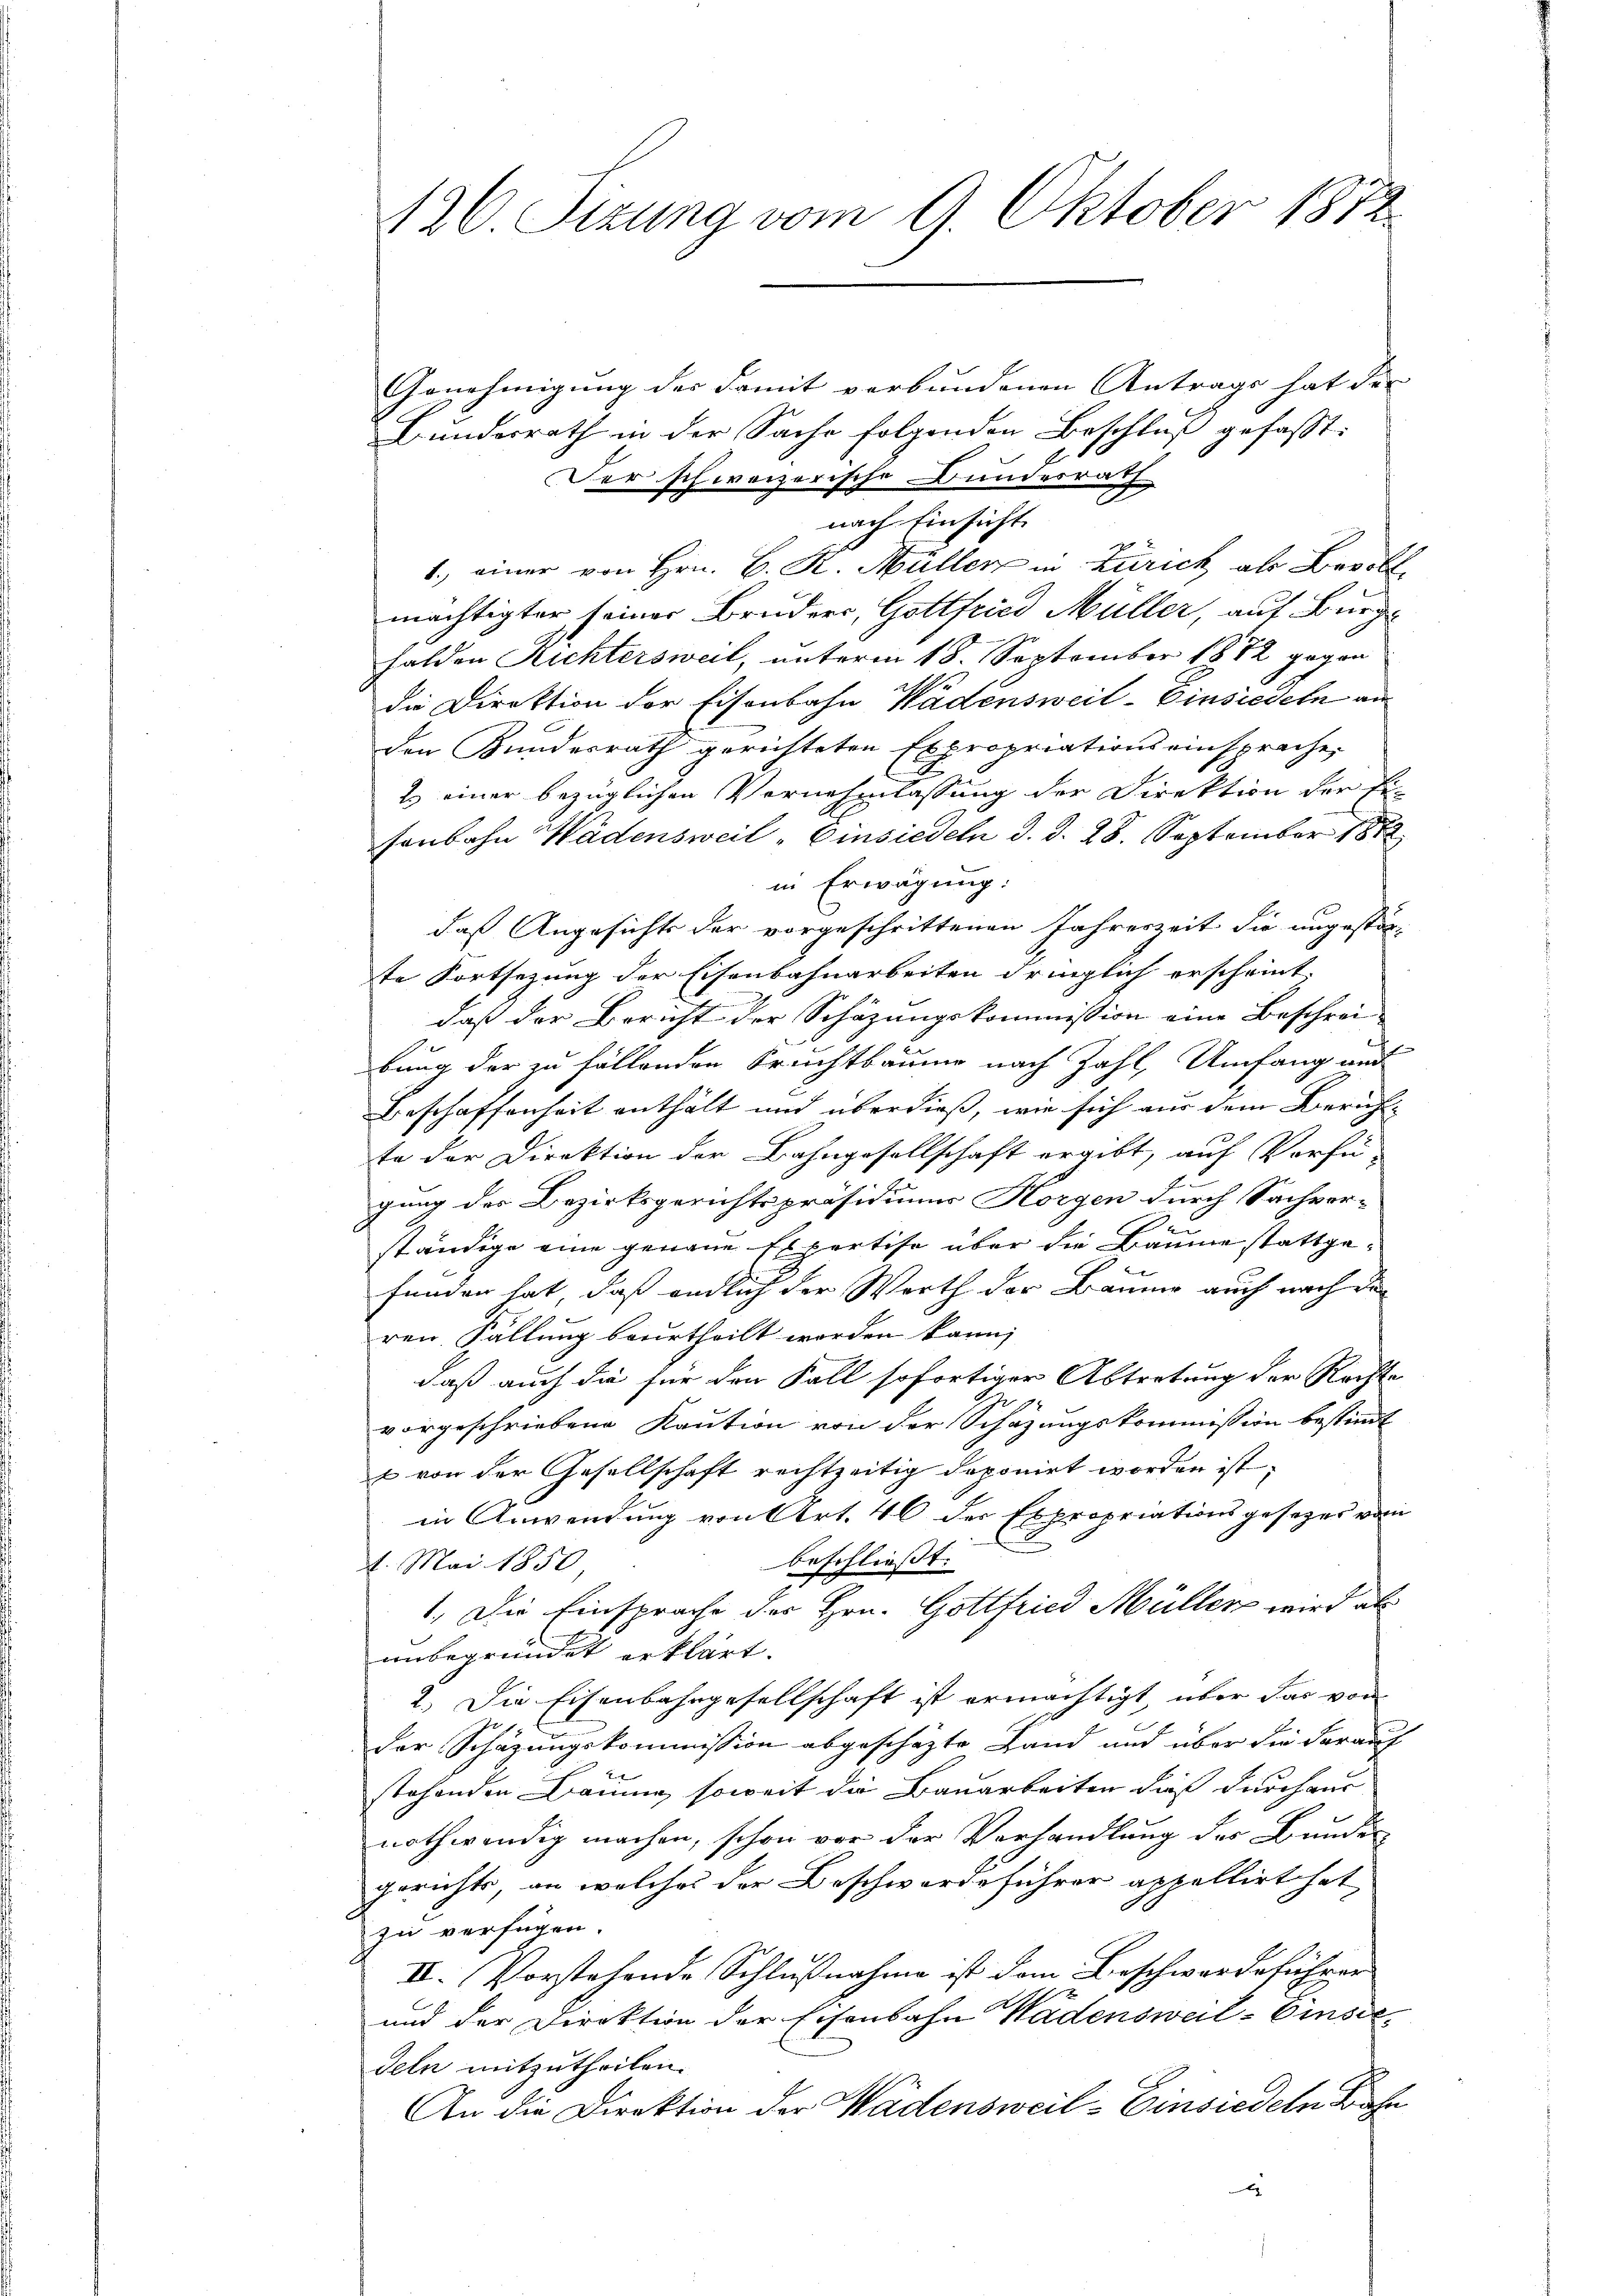
126. Sizung vom 9. Oktober 1872.

Genehmigung der Famit verbundenen Antrags hat der
Bundesrath in der Sache folgenden Beschluß gefasst:
Der schweizerische Bundesrath
nach Einsicht.
1., einer von Hrn. B. R. Müller in Zürich als Bevoll
mächtigter seiner Bruders, Gottfried Müller, auf Burg
Falden Richtersweil, unterm 18. September 1872 gegen
die Direktion der Eisenbahn Wädensweil-Einsiedeln an
den Bundesrath gerichteten Expropriationseinsprache,
2. einer bezüglichen Vernehmlassung der Direktion der Ei-
sonbahn Wädensweil - Einsiedeln d. d. 28. September 1882
in Erwägung:
daß Angesichts der vorgeschrittenen Jahreszeit die ungestörte Fortsezung der Eisenbahnarbeiten dringlich erscheint.
daß der Bericht der Schäzungskommission eine Beschrei-
e
bung der zu fällenden Bruchtbaume nach Zahl, Umfang und
Beschaffenheit enthält und überdieß, wie sich aus dem Zürichte der Direktion der Bahngesellschaft ergibt, auf Verfü-
gung des Bezirksgerichtspräsidiums Horgen durch Sachverständige eine genaue Expertise über die Baume stattgefunden hat, daß endlich der Werth der Baume auch nach der
ren Fällung beurtheilt worden kann,
daß auch die für den Fall sofortiger Abtretung der Rechte
vorgeschriebene Kaution von der Schazungskommission bestimmt
& von der Gesellschaft rechtzeitig deponirt worden ist.
in Anwendung von Art. 46 der Expropriationsgesetzes vom
beschliesst:
1. Mai 1850
0
1. Die Einsprache der Hrn. Gottfried Müller wird als
unbegründet erklärt.
2.) Die Eisenbahngesellschaft ist ermächtigt, über das von
der Schazungskommission abgeschäzte Land und über die darauf
stehenden Bäume, soweit die Bauarbeiten dieß durchaur
nothwendig machen, schon vor der Vorhandlung des Bunden
gerichts, an welches der Beschwerdeführer appellirt hat
zu verfügen.
II. Vorstehende Schlußnahme ist dem Beschwerdeführer
und der Direktion der Eisenbahn Wadensweil-Einsiedeln mitzutheilen.
An die Direktion der Wädensweil–Einsiedeln Bahn
x